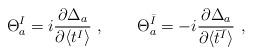
LaTeX: \begin{align*}\Theta_a^I=i\frac{\partial\Delta_a}{\partial\langle t^I\rangle}~,~~~~~~\Theta_a^{\bar{I}}=-i\frac{\partial\Delta_a}{\partial\langle \bar{t}^{\bar{I}}\rangle}~,\end{align*}